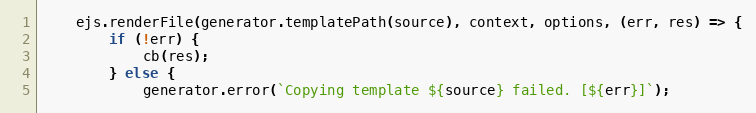
Language: JavaScript
    ejs.renderFile(generator.templatePath(source), context, options, (err, res) => {
        if (!err) {
            cb(res);
        } else {
            generator.error(`Copying template ${source} failed. [${err}]`);